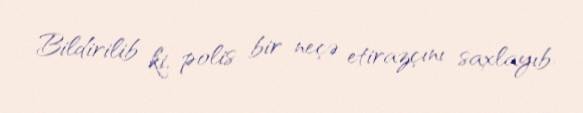
Bildirilib ki, polis bir neçə etirazçını saxlayıb.